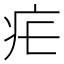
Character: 疟